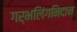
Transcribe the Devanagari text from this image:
गर्भलिंगनिदान